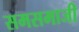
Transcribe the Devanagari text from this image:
समसमाजी